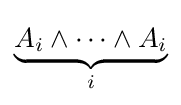
\underbrace {A_{i}\land \dots \land A_{i}} _{i}